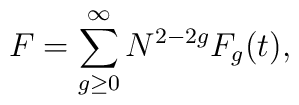
F=\sum_{g\ge 0 }^\infty  N^{2-2g} F_g(t),